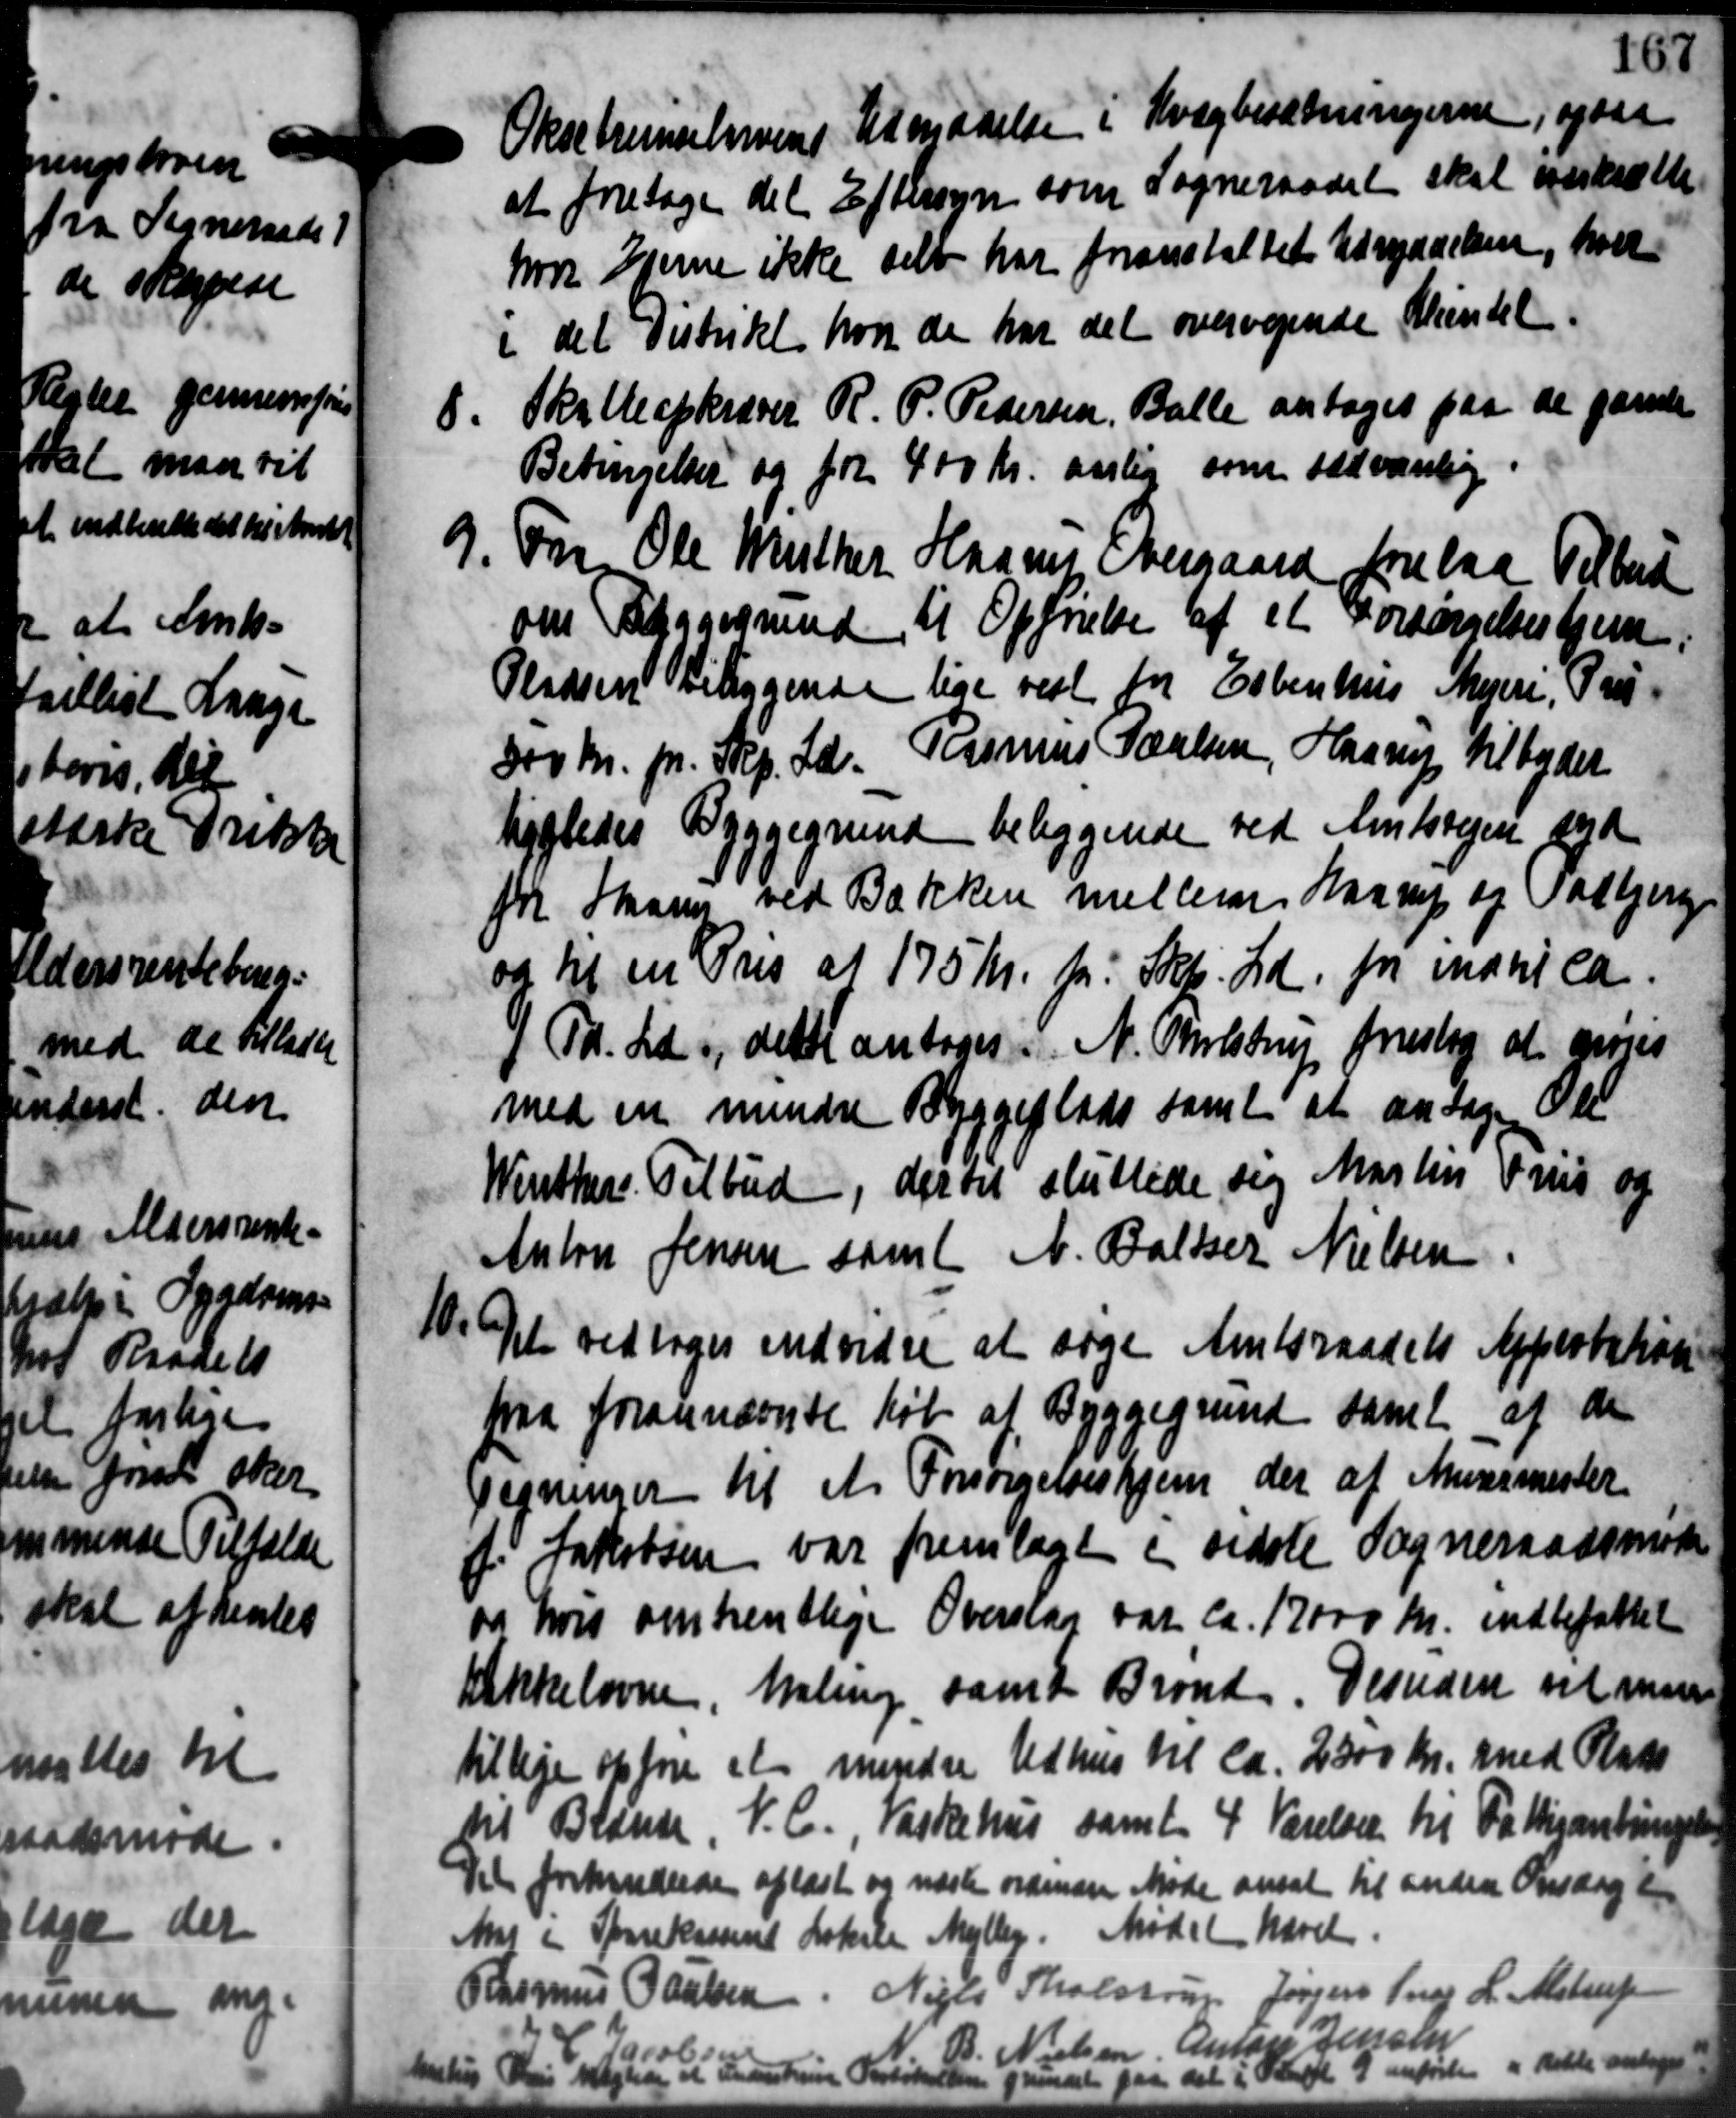
Transskription:
Oksebremselarvens Udmadelse i Kvægbesætningerne, ogsaa
at foretage det Eftersyn som Sogneraadet skal udskræfte
hvor Ejerne ikke selv har foranstaltet Udryddelsen, hver
i det Distrikt hvor de har det overvejende Mindel.

Skatteopkræver R. P. Pedersen, Balle antages paa de gamle
Betingelser og for 400 Kr. aarlig som sædvanling

on Ole Milther Haans Overgaard forelaa Tilbud
om Byggegrund til Opførelse af et Forsørgelseshjem.
Pladsen beliggende lige vest for Esbenhus Mejeri, Pris
300 Kr. pr. Skp. Ld. Rasmus Poulsen, Haarup tilbyder
lilledes Byggegrund beliggende ved Amtsvejen syd
 Haasen ved Bakken mellem Haarup og Talbjerg
og til en Pris af 175 Kr. pr. Skp. Ld. for Manica
4 Td. Ld., dette antoges N. Tholstrup foreslog at nøies
med en mindre Byggeplads samt at ansøge Ole
Winthers Tilbud, dervet sluttede sig Martin Friis og
Anton Jensen samt A. Baller Nielsen

et vedtoges endvidre at søge Amtsraadets Approbation
saa forannævnte Køb af Byggegrund samt af de
egninger til et Forsørgelseshjem der af Murermester
Jakobsen var fremlagt i sidste Sogneraadsmøde
i hvis omtrentlige Overslag var ca. 17000 Kr. indbefattet
Akkelovne, Maling samt Brønd. Desuden vil man
tillige opføre et mindre Udhus til ca. 2300 Kr. med Plats
til Blænde. V. C, Værkehus samt 4 Værelser til Fra Mirantringel
Til forhandlede oplæst og næste ordinære Møde ansat til anden Onsdag t
Mar i Sparekassent Lokale Mejlby. Mødet hævet.
Rasmus Poulsen Niels Tholstrup Jørgen Inge L. Alstrup
B. Nielsen, Anton Jensen
avb
Vi vigtede et Pederskrive Portokollen  d paa det i 8 Kr. Kl. 9 anførte i dette s Vi vigtede et Pederskrive Portokollen  d paa det i 8 Kr. Kl. 9 anførte i dette s